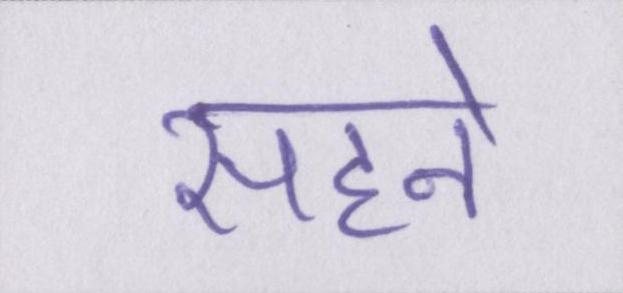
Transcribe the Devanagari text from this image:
सहने